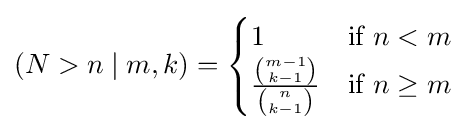
(N>n\mid m,k)={\begin{cases}1&{\text{if }}n<m\\{\frac {\binom {m-1}{k-1}}{\binom {n}{k-1}}}&{\text{if }}n\geq m\end{cases}}